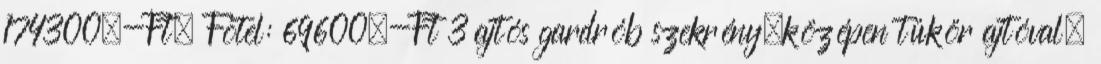
174300.-Ft, Fotel: 69600.-Ft 3 ajtós gardrób szekrény,középen tükör ajtóval,